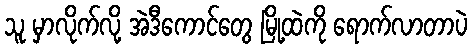
သူ မှာလိုက်လို့ အဲဒီကောင်တွေ မြို့ထဲကို ရောက်လာတာပဲ